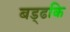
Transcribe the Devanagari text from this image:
बड्ढकि